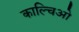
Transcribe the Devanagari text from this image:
काल्चिओ